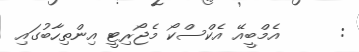
:      އެމްބީއޭ އެކްސްކޯ މެޖޯރިޓީ އިންތިހާބުގައި